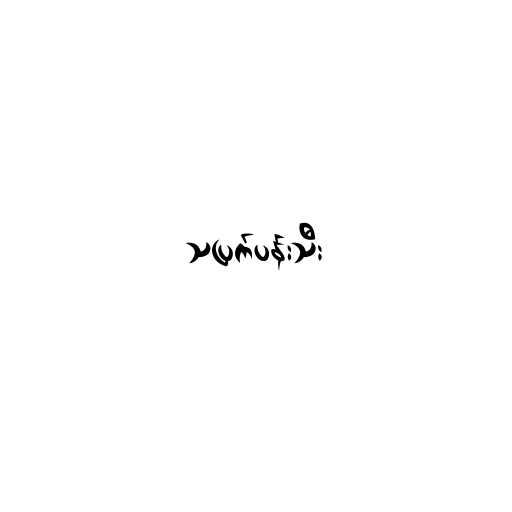
သပြက်ပန်းသီး